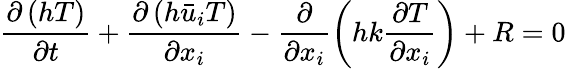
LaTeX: \frac{\partial\left(hT\right)}{\partial t}+\frac{\partial\left(h{{{\bar{u}}}_{i}}T\right)}{\partial{{x}_{i}}}-\frac{\partial}{\partial{{x}_{i}}}\left(hk\frac{\partial T}{\partial{{x}_{i}}}\right)+R=0